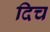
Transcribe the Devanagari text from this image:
दिच